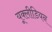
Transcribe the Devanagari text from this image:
यूक्लीडियन